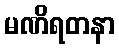
မဏိရတနာ